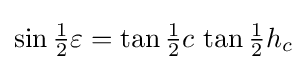
\sin {\tfrac {1}{2}}\varepsilon =\tan {\tfrac {1}{2}}c\,\tan {\tfrac {1}{2}}h_{c}